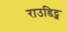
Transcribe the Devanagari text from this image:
राउडिट्ज